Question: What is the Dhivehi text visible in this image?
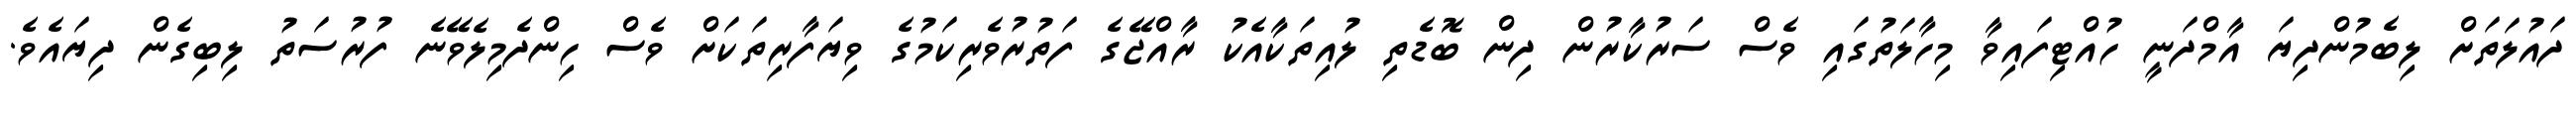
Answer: ދައުލަތަށް ލިބެމުންދިޔަ އާމްދަނީ ހުއްޓިފައިވާ މިހާލަތުގައި ވެސް ސަރުކާރުން ދިން ބޮޑެތި ލުއިތަކާއެކު ރާއްޖޭގެ ފަތުރުވެރިކަމުގެ ވިޔަފާރިތަކަށް ވެސް ހިންދެމިލެވޭނެ ފުރުސަތު ލިބިގެން ދިޔައެވެ.